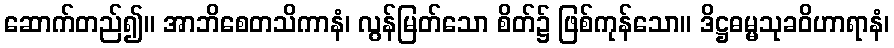
ဆောက်တည်၍။ အာဘိစေတသိကာနံ၊ လွန်မြတ်သော စိတ်၌ ဖြစ်ကုန်သော။ ဒိဋ္ဌဓမ္မသုခဝိဟာရာနံ၊